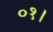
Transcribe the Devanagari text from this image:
०१।